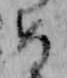
め